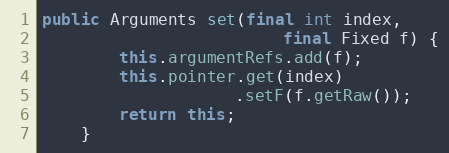
Language: Java
public Arguments set(final int index,
                         final Fixed f) {
        this.argumentRefs.add(f);
        this.pointer.get(index)
                    .setF(f.getRaw());
        return this;
    }